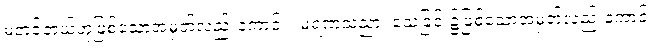
မတင့်တယ်ဟုဖြစ်သောအမှတ်လည်းကောင်း။ မရဏသညာ၊ သေခြင်း၌ဖြစ်သောအမှတ်လည်းကောင်း။